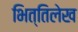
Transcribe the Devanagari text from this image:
भित्तिलेख